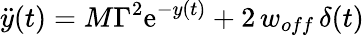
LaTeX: \ddot{y}(t)=M\Gamma^{2}\mathrm{e}^{-y(t)}+2\, w_{off}\, \delta(t)